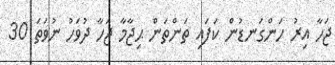
ޖަހާ އިރު ހަންގަނޑުން ކަފައި ތަންތަން ޙިޖާމާ ޖަހާ ދުވަހު ނުވަތަ 30